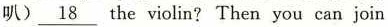
叭)\underline{18}the violin? Then you can join